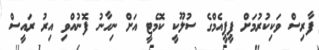
ފާރިސް ވަކިކުރުމަށް ޕީޕީއެމްގެ ސުލޫކީ ކޮމެޓީ އަށް ނިހާނު ފޮނުއްވި އިރު ރައީސް